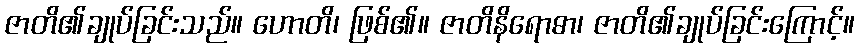
ဇာတိ၏ချုပ်ခြင်းသည်။ ဟောတိ၊ ဖြစ်၏။ ဇာတိနိရောဓာ၊ ဇာတိ၏ချုပ်ခြင်းကြောင့်။